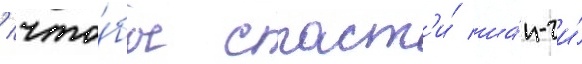
/ что́бы спаст'и́ ша́н-чи́